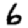
Digit: 6